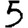
Digit: 5